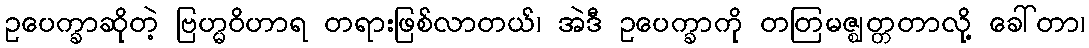
ဥပေက္ခာဆိုတဲ့ ဗြဟ္မဝိဟာရ တရားဖြစ်လာတယ်၊ အဲဒီ ဥပေက္ခာကို တတြမဇ္ဈတ္တတာလု့ိ ခေါ်တာ၊